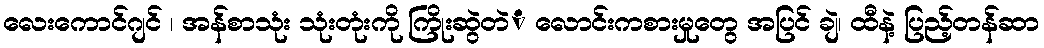
လေးကောင်ဂျင် ၊ အန်စာသုံး သုံးတုံးကို ကြိုးဆွဲတဲံ လောင်းကစားမှုတွေ အပြင် ချဲ၊ ထီနဲ့ ပြည့်တန်ဆာ